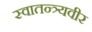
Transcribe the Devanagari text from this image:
स्वातन्त्र्यवीर